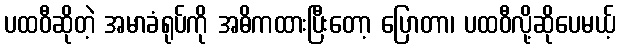
ပထဝီဆိုတဲ့ အမာခံရုပ်ကို အဓိကထားပြီးတော့ ပြောတာ၊ ပထဝီလို့ဆိုပေမယ့်